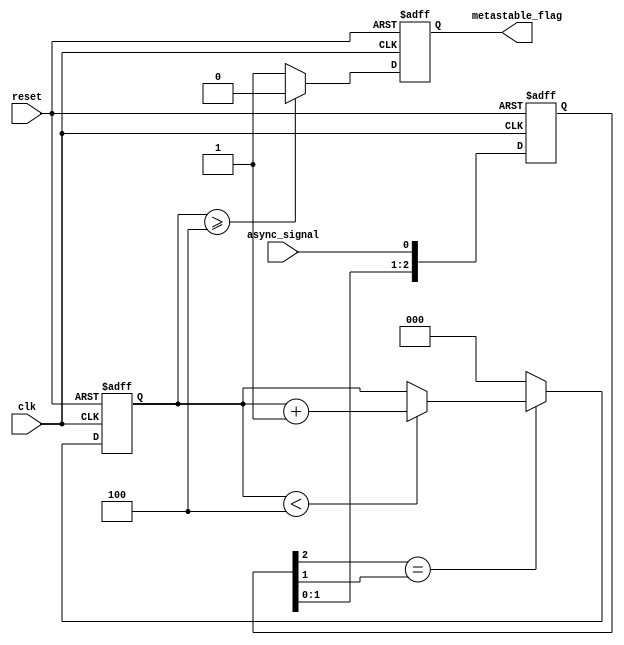
module metastability_detector #(
    parameter NUM_STAGES = 3, // Number of D flip-flops in the cascade
    parameter STABLE_THRESHOLD = 4 // Number of clock cycles to confirm stability
)(
    input wire clk,              // Sampling clock
    input wire reset,            // Asynchronous reset
    input wire async_signal,     // Asynchronous input signal
    output reg metastable_flag    // Metastability detection flag
);

    // Internal signals for the flip-flops
    reg [NUM_STAGES-1:0] sampled_signal;
    reg [NUM_STAGES-1:0] stable_counter;

    // Flip-flops for sampling the asynchronous signal
    always @(posedge clk or posedge reset) begin
        if (reset) begin
            sampled_signal <= 0;
            stable_counter <= 0;
            metastable_flag <= 0;
        end else begin
            // Shift the sampled signal through the stages
            sampled_signal <= {sampled_signal[NUM_STAGES-2:0], async_signal};

            // Check if the last flip-flop output has stabilized
            if (sampled_signal[NUM_STAGES-1] == sampled_signal[NUM_STAGES-2]) begin
                // Increment the stable counter if stable
                if (stable_counter < STABLE_THRESHOLD) begin
                    stable_counter <= stable_counter + 1;
                end
            end else begin
                // Reset the stable counter if a change is detected
                stable_counter <= 0;
            end

            // Set the metastable flag if the stable counter exceeds the threshold
            if (stable_counter >= STABLE_THRESHOLD) begin
                metastable_flag <= 0; // No metastability detected
            end else begin
                metastable_flag <= 1; // Metastability detected
            end
        end
    end

endmodule